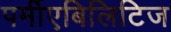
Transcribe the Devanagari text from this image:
पर्मीएबिलिटिज